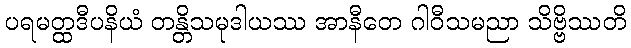
ပရမတ္ထဒီပနိယံ တန္တိသမုဒါယဿ အာနီတေ ဂါဝီသမညာ သိဗ္ဗိဿတိ